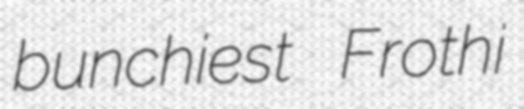
bunchiest Frothi